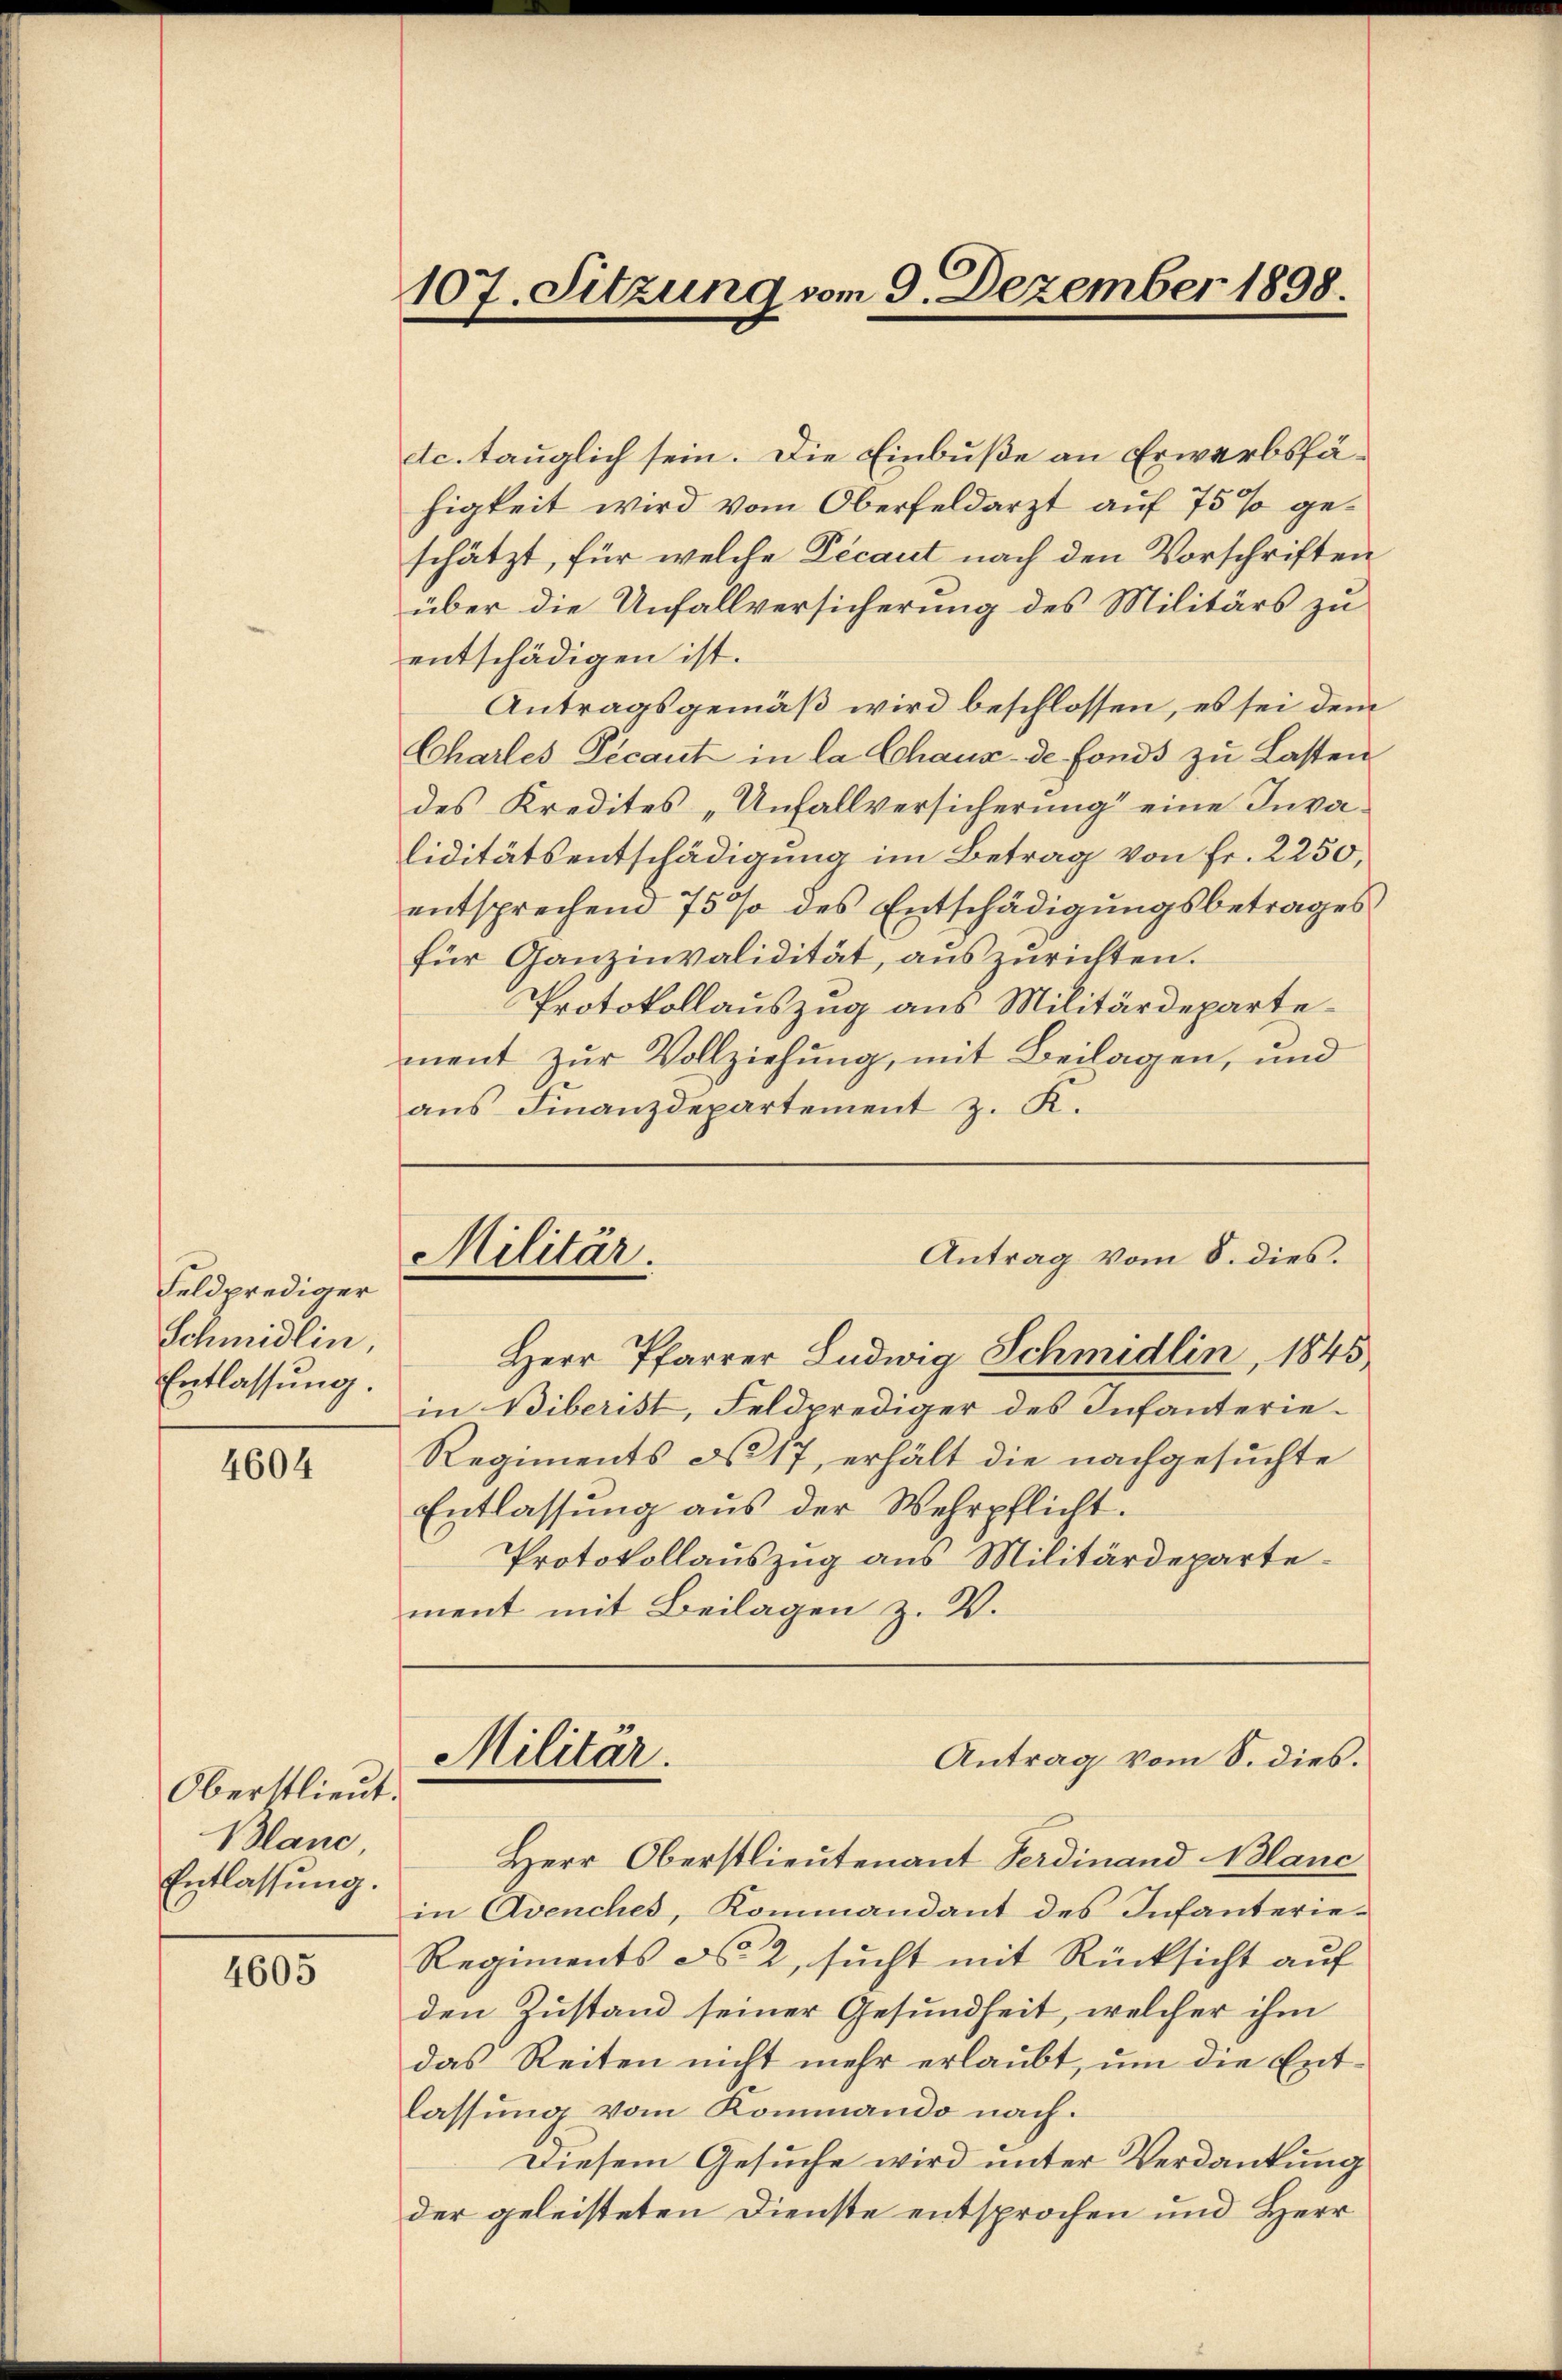
Feldprediger
Schmidlin,
Entlassung.

4604

Oberstlieut.
Blanc
Entlassung.

4605

107. Sitzung vom 9. Dezember 1898.

etc. tauglich sein. Die Einbuße an Erwerbsfähigkeit wird vom Oberfeldarzt auf 75 % geschätzt, für welche Decant nach den Vorschriften
über die Unfallversicherung des Militärs zu
entschädigen ist.
Antragsgemäß wird beschlossen, es sei dem
Chartes Picant in la Chaux-de fonds zu Lasten
des Kredites „Unfallversicherung eine Invaliditätsentschädigung im Betrag von Fr. 2250,
entsprechend 75 % des Entschädigungsbetrages
für Ganzinvalidität, auszurichten.
Protokollauszug aus Militärdepartement zur Vollziehung, mit Beilagen, und
ans Finanzdepartement z. K.
Antrag vom 8. dies.
Herr Pfarrer Ludwig Schmidlin, 1845
in Biberist, Feldprediger des Infanterie-
Regiments No 17, erhält die nachgesuchte
Entlassung aus der Wehrpflicht.
Protokollauszug aus Militärdepartement mit Beilagen z. V.
Militar.
Antrag vom 8. dies.
Herr Oberstlieutenant Ferdinand Blanc
in Avenches, Kommandant des Infanterie¬
Regiments d. 2, sucht mit Rücksicht auf
den Zustand seiner Gesundheit, welcher ihm
das Reiten nicht mehr erlaubt, um die Entlassung vom Kommando nach.
Diesem Gesuche wird unter Verdankung
der geleisteten Dienste entsprochen und Herr

Militär.